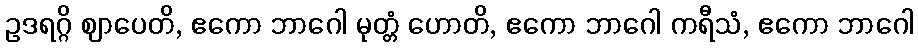
ဥဒရဂ္ဂိ ဈာပေတိ, ဧကော ဘာဂေါ မုတ္တံ ဟောတိ, ဧကော ဘာဂေါ ကရီသံ, ဧကော ဘာဂေါ